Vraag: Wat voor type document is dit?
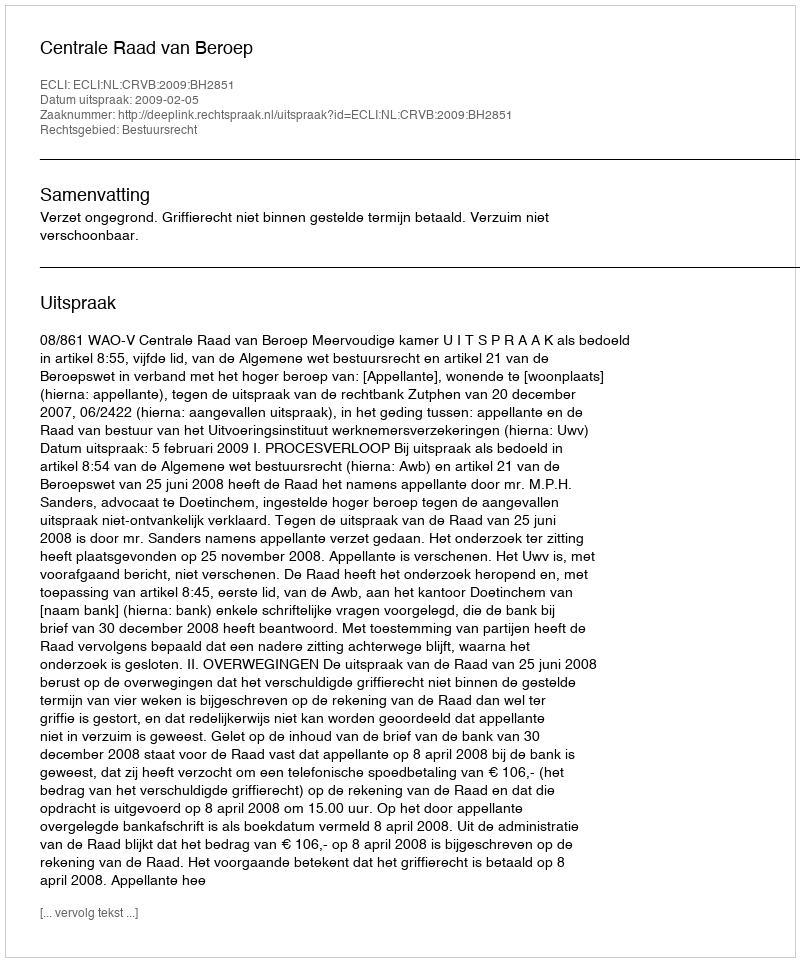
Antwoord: Uitspraak